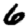
Digit: 6